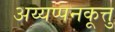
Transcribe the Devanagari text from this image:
अय्यप्पनकूत्तु